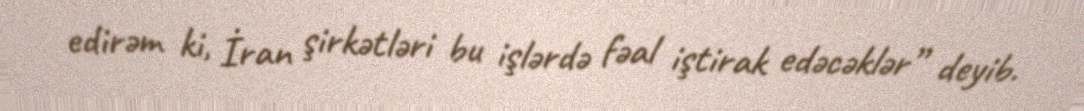
edirəm ki, İran şirkətləri bu işlərdə fəal iştirak edəcəklər” deyib.